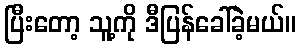
ပြီးတော့ သူ့ကို ဒီပြန်ခေါ်ခဲ့မယ်။